Report on plague in the Punjab from October 1st ... to September 30th ..., being the ... season of plague in the province
Disease focus: Plague
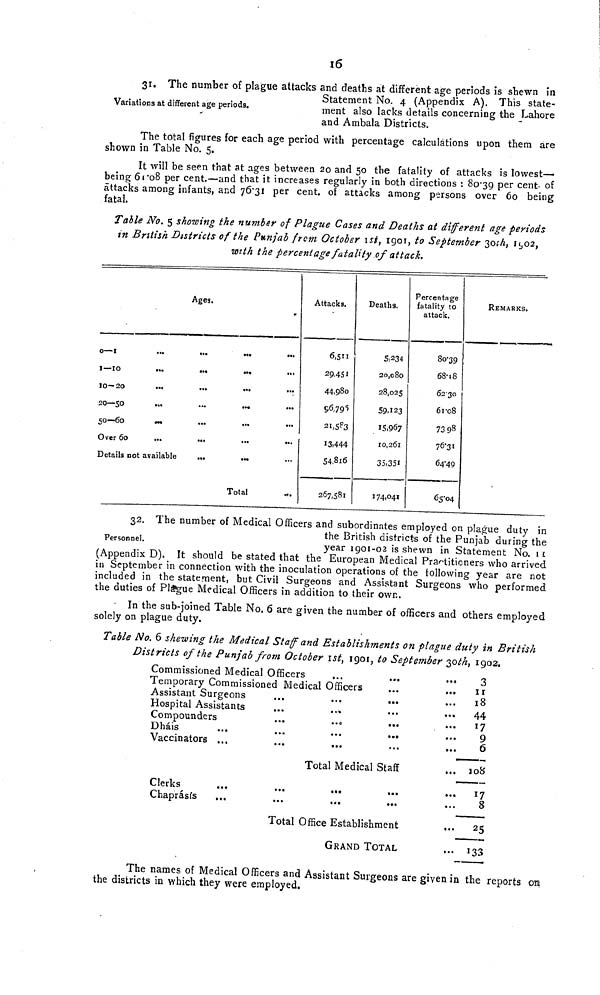
16
Variations at different age periods.
31. The number of plague attacks and deaths at different age periods is shewn in
Statement No. 4 (Appendix A). This state-
ment also lacks details concerning the Lahore
and Ambala Districts.
The total figures for each age period with percentage calculations upon them are
shown in Table No. 5.
It will be seen that at ages between 20 and 50 the fatality of attacks is lowest-
being 61-08 per cent.—and that it increases regularly in both directions : 80-39 P er cent °f
attacks among infants, and 76 31 per cent. of attacks among persons over 60 being
fatal
Table No. 5 showing the number of Plague Cases and Deaths at different age periods
in British Districts of the Punjab from October Ist, 1901, to September 30th, IL,02,
with the percentage fatality of attack.
Ages.
0—1
...
...
...
•••
I—-10
...
...
...
10—20
...
...
...
...
20—50
.,.
...
5O—6O
...
.
...
Over 60
Details not available
...
•••
Total
Attacks.
6,511
29451
44,980
56,795
21,583
13.444
54.816
267,581
Deaths.
5,234
20,080
28,025
59,123
15,967
10,261
35,351
174,041
Percentage
fatality to
attack.
80 39
68 18
62 30
61 08
73 98
76 31
64 -49
65 04
REMARKS.
32. The number of Medical Officers and subordinates employed on plague duty in
the British districts of the Punjab during the
Personnel.
year 1901-02 is shewn in Statement No. 11
(Appendix D). It should be stated that the European Medical Practitioners who arrived
in September in connection with the inoculation operations of the following year are not
included in the statement, but Civil Surgeons and Assistant Surgeons who performed
the duties of Plague Medical Officers in addition to their own.
- In the sub-joined Table No. 6 are given the number of officers and others employed
solely on plague duty.
Table No. 6 shewing the Medical Staff and Establishments on plague duty in British
Districts of the Punjab from October Ist, 1901, to September 30th, 1902.
Commissioned Medical Officers
Temporary Commissioned Medical Officers
Assistant Surgeons
...
...
...
Hospital Assistants
Compounders
Dháis
...
...
,,,
tmt
Vaccinators .,,
...
...
3
11
18
44.
17
9
6
Total Medical Staff
... 108
Clerks
Chaprásís
...
...
...
...
17
y
8
Total Office Establishment
... 25
GRAND TOTAL
,..
133
The names of Medical Officers and Assistant Surgeons are given in the reports cm
the districts in which they were employed.